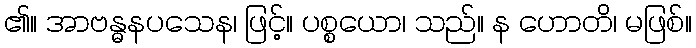
၏။ အာဗန္ဓနပသေန၊ ဖြင့်။ ပစ္စယော၊ သည်။ န ဟောတိ၊ မဖြစ်။